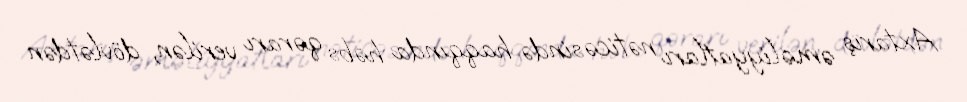
Axtarış əməliyyatları nəticəsində haqqında həbs qərarı verilən, dövlətdən